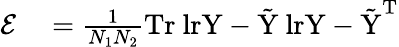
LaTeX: \begin{array}{rl}{\mathcal{E}}&{{}=\frac{1}{N_{1}N_{2}}\mathrm{{Tr}\ lr{Y-\tilde{Y}}\ lr{Y-\tilde{Y}}^{T}}}\end{array}